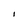
Character: I